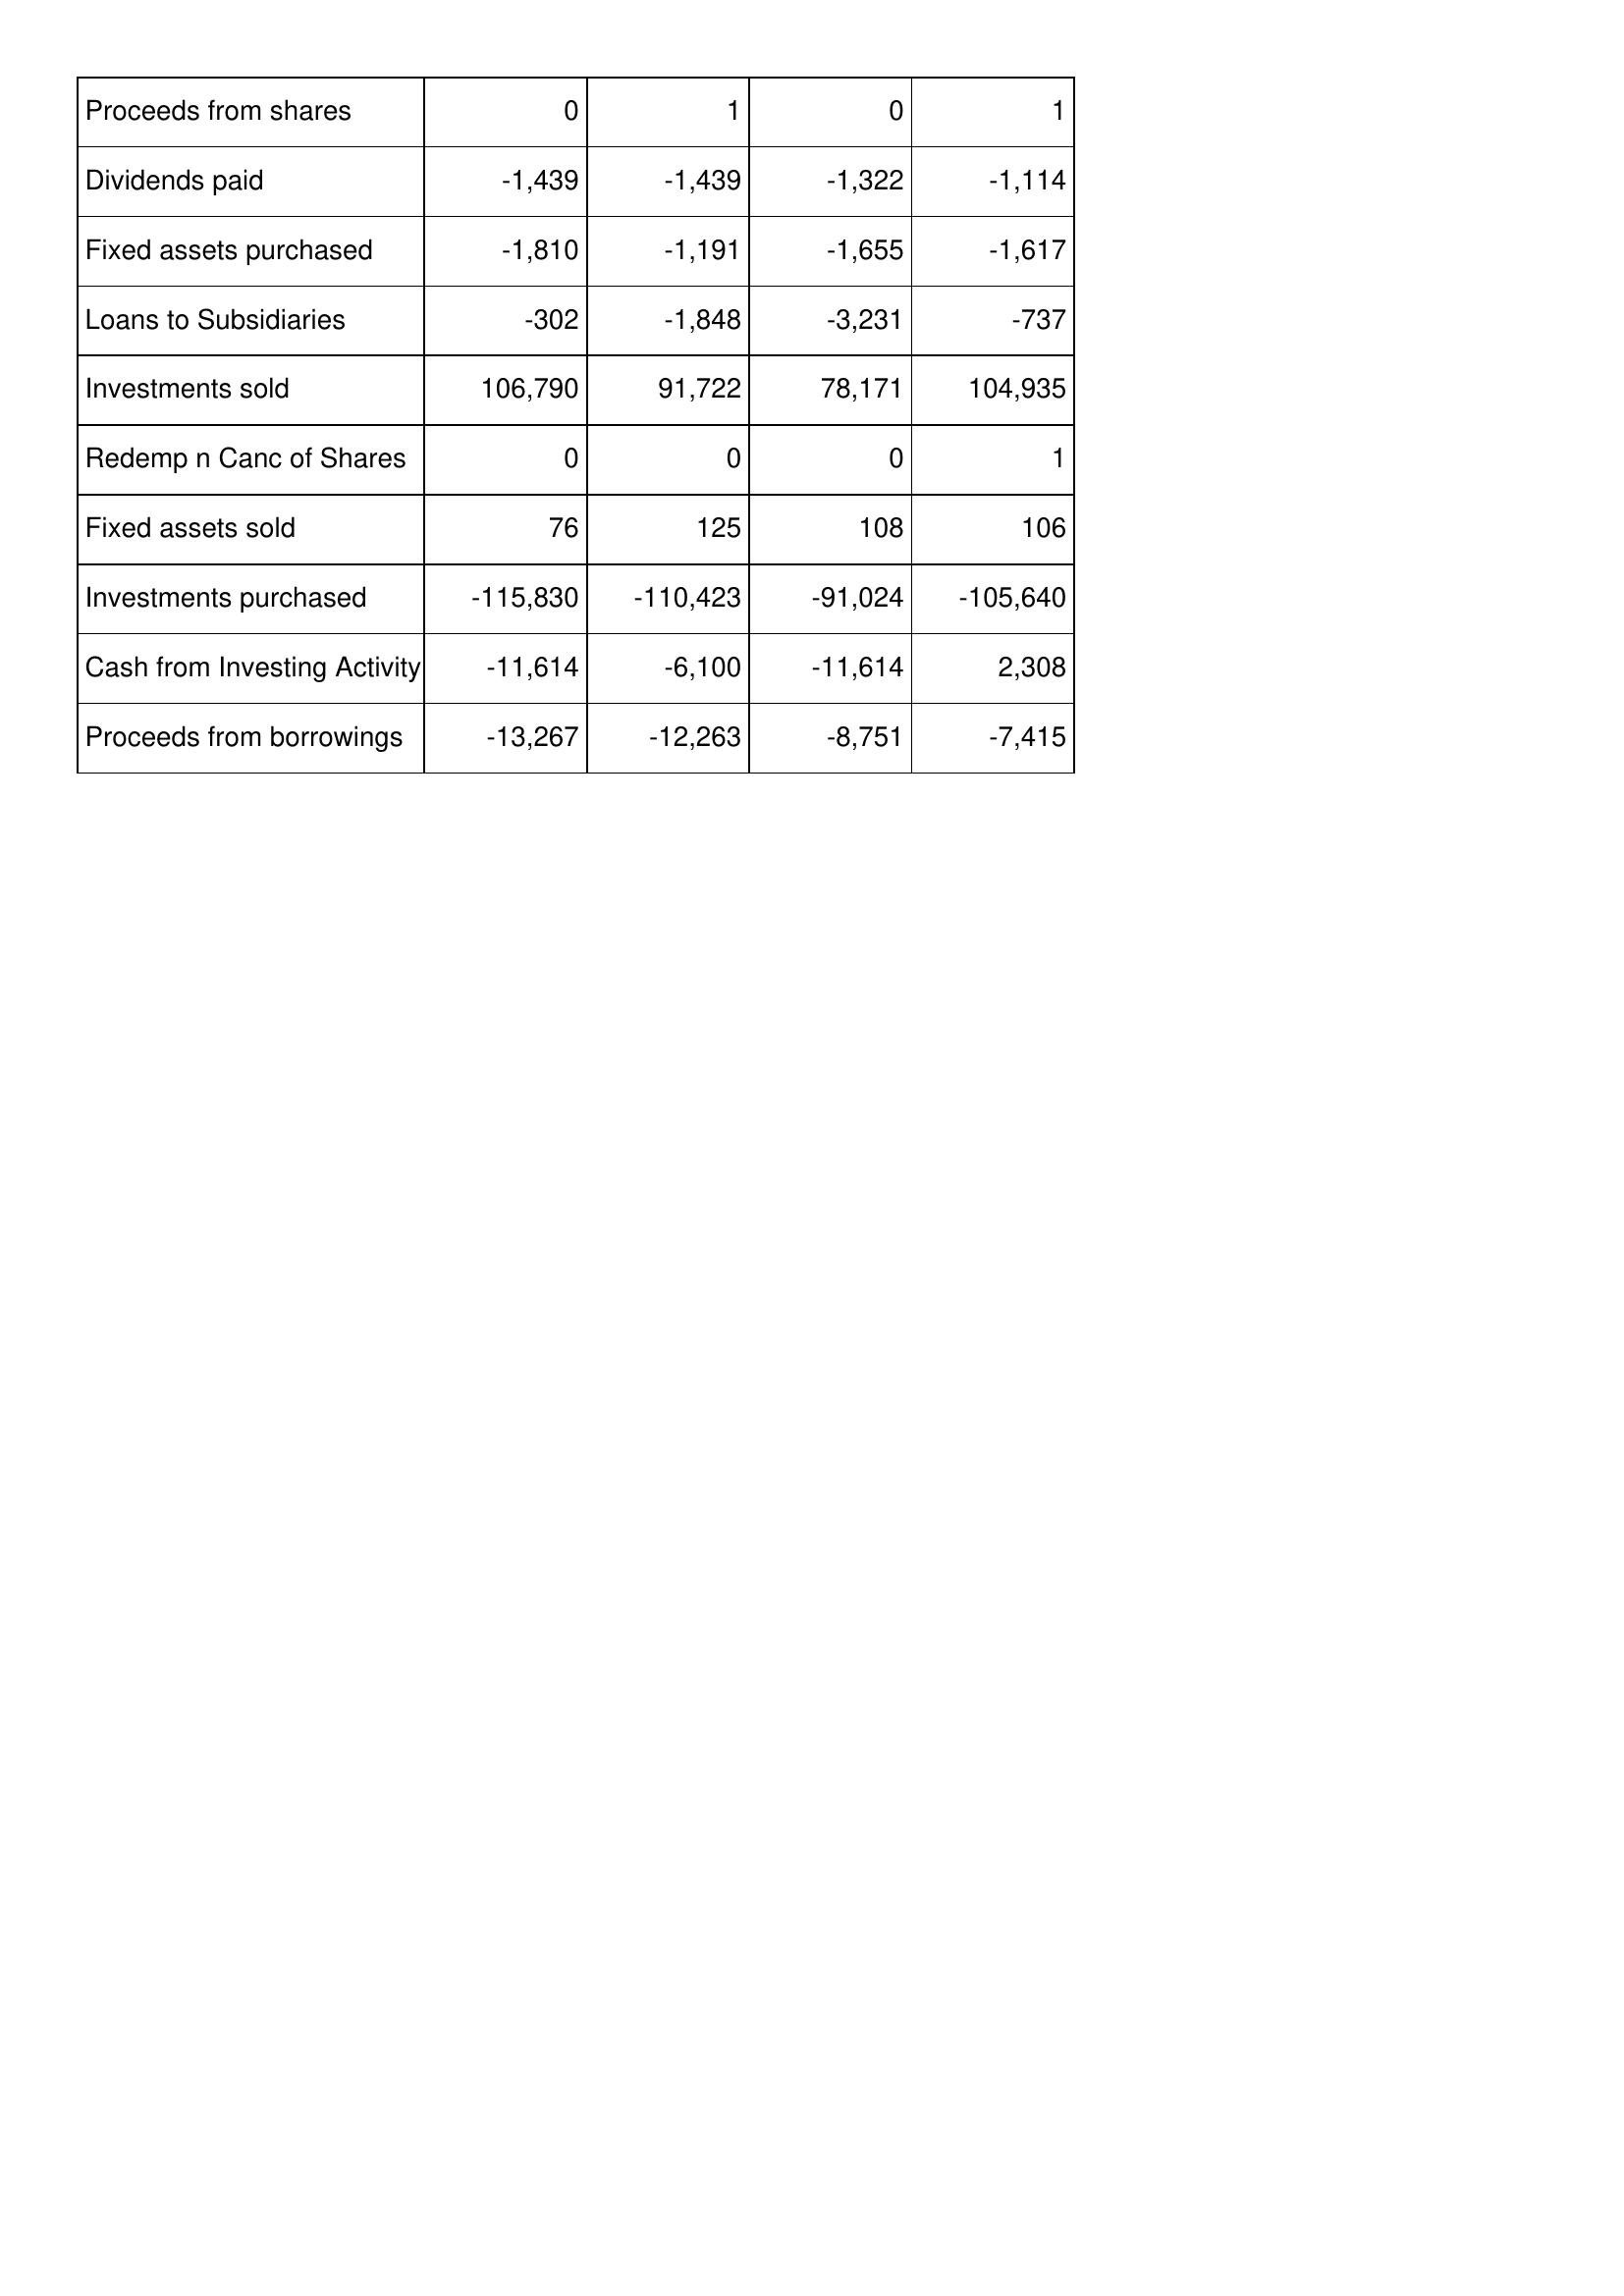
Mar-12: Cash Flows: Proceeds from shares: 0
Dividends paid: -1,439
Fixed assets purchased: -1,810
Loans to Subsidiaries: -302
Investments sold: 106,790
Redemp n Canc of Shares: 0
Fixed assets sold: 76
Investments purchased: -115,830
Cash from Investing Activity: -11,614
Proceeds from borrowings: -13,267
Mar-11: Cash Flows: Proceeds from shares: 1
Dividends paid: -1,439
Fixed assets purchased: -1,191
Loans to Subsidiaries: -1,848
Investments sold: 91,722
Redemp n Canc of Shares: 0
Fixed assets sold: 125
Investments purchased: -110,423
Cash from Investing Activity: -6,100
Proceeds from borrowings: -12,263
Mar-10: Cash Flows: Proceeds from shares: 0
Dividends paid: -1,322
Fixed assets purchased: -1,655
Loans to Subsidiaries: -3,231
Investments sold: 78,171
Redemp n Canc of Shares: 0
Fixed assets sold: 108
Investments purchased: -91,024
Cash from Investing Activity: -11,614
Proceeds from borrowings: -8,751
Mar-09: Cash Flows: Proceeds from shares: 1
Dividends paid: -1,114
Fixed assets purchased: -1,617
Loans to Subsidiaries: -737
Investments sold: 104,935
Redemp n Canc of Shares: 1
Fixed assets sold: 106
Investments purchased: -105,640
Cash from Investing Activity: 2,308
Proceeds from borrowings: -7,415